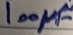
Text: 100µF